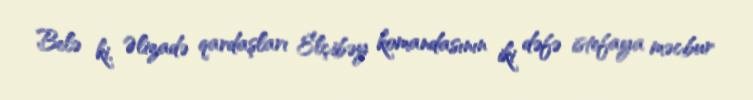
Belə ki, Əlizadə qardaşları Elçibəy komandasının iki dəfə istefaya məcbur